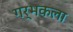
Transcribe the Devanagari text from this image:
गर्भकला